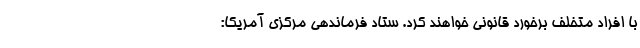
با افراد متخلف برخورد قانونی خواهند کرد. ستاد فرماندهی مرکزی آمریکا: